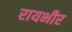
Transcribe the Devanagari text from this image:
रायभीर